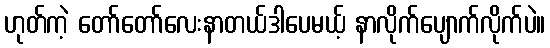
ဟုတ်ကဲ့ တော်တော်လေးနာတယ်ဒါပေမယ့် နာလိုက်ပျောက်လိုက်ပဲ။